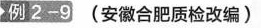
例2-9(安徽合肥质检改编)